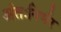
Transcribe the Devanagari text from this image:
अंतःनिर्भर